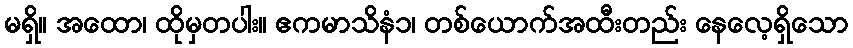
မရှိ။ အထော၊ ထိုမှတပါး။ ဧကမာသိနံ၁၊ တစ်ယောက်အထီးတည်း နေလေ့ရှိသော